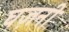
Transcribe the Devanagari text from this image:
घज़नी